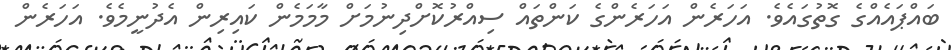
ބައްޕައެއްގެ ގޮތުގައެވެ. އަހަރެން އަހަރެންގެ ކަންތައް ސިއްރުކޮށްދިނުމަށް މާމަމެން ކައިރިން އެދުނީމެވެ. އަހަރެން